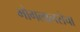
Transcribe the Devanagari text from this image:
भोगलालसेचा